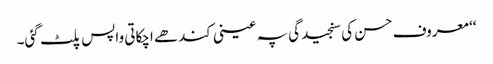
‘‘ معروف حسن کی سنجیدگی پہ عینی کندھے اچکاتی واپس پلٹ گئی۔